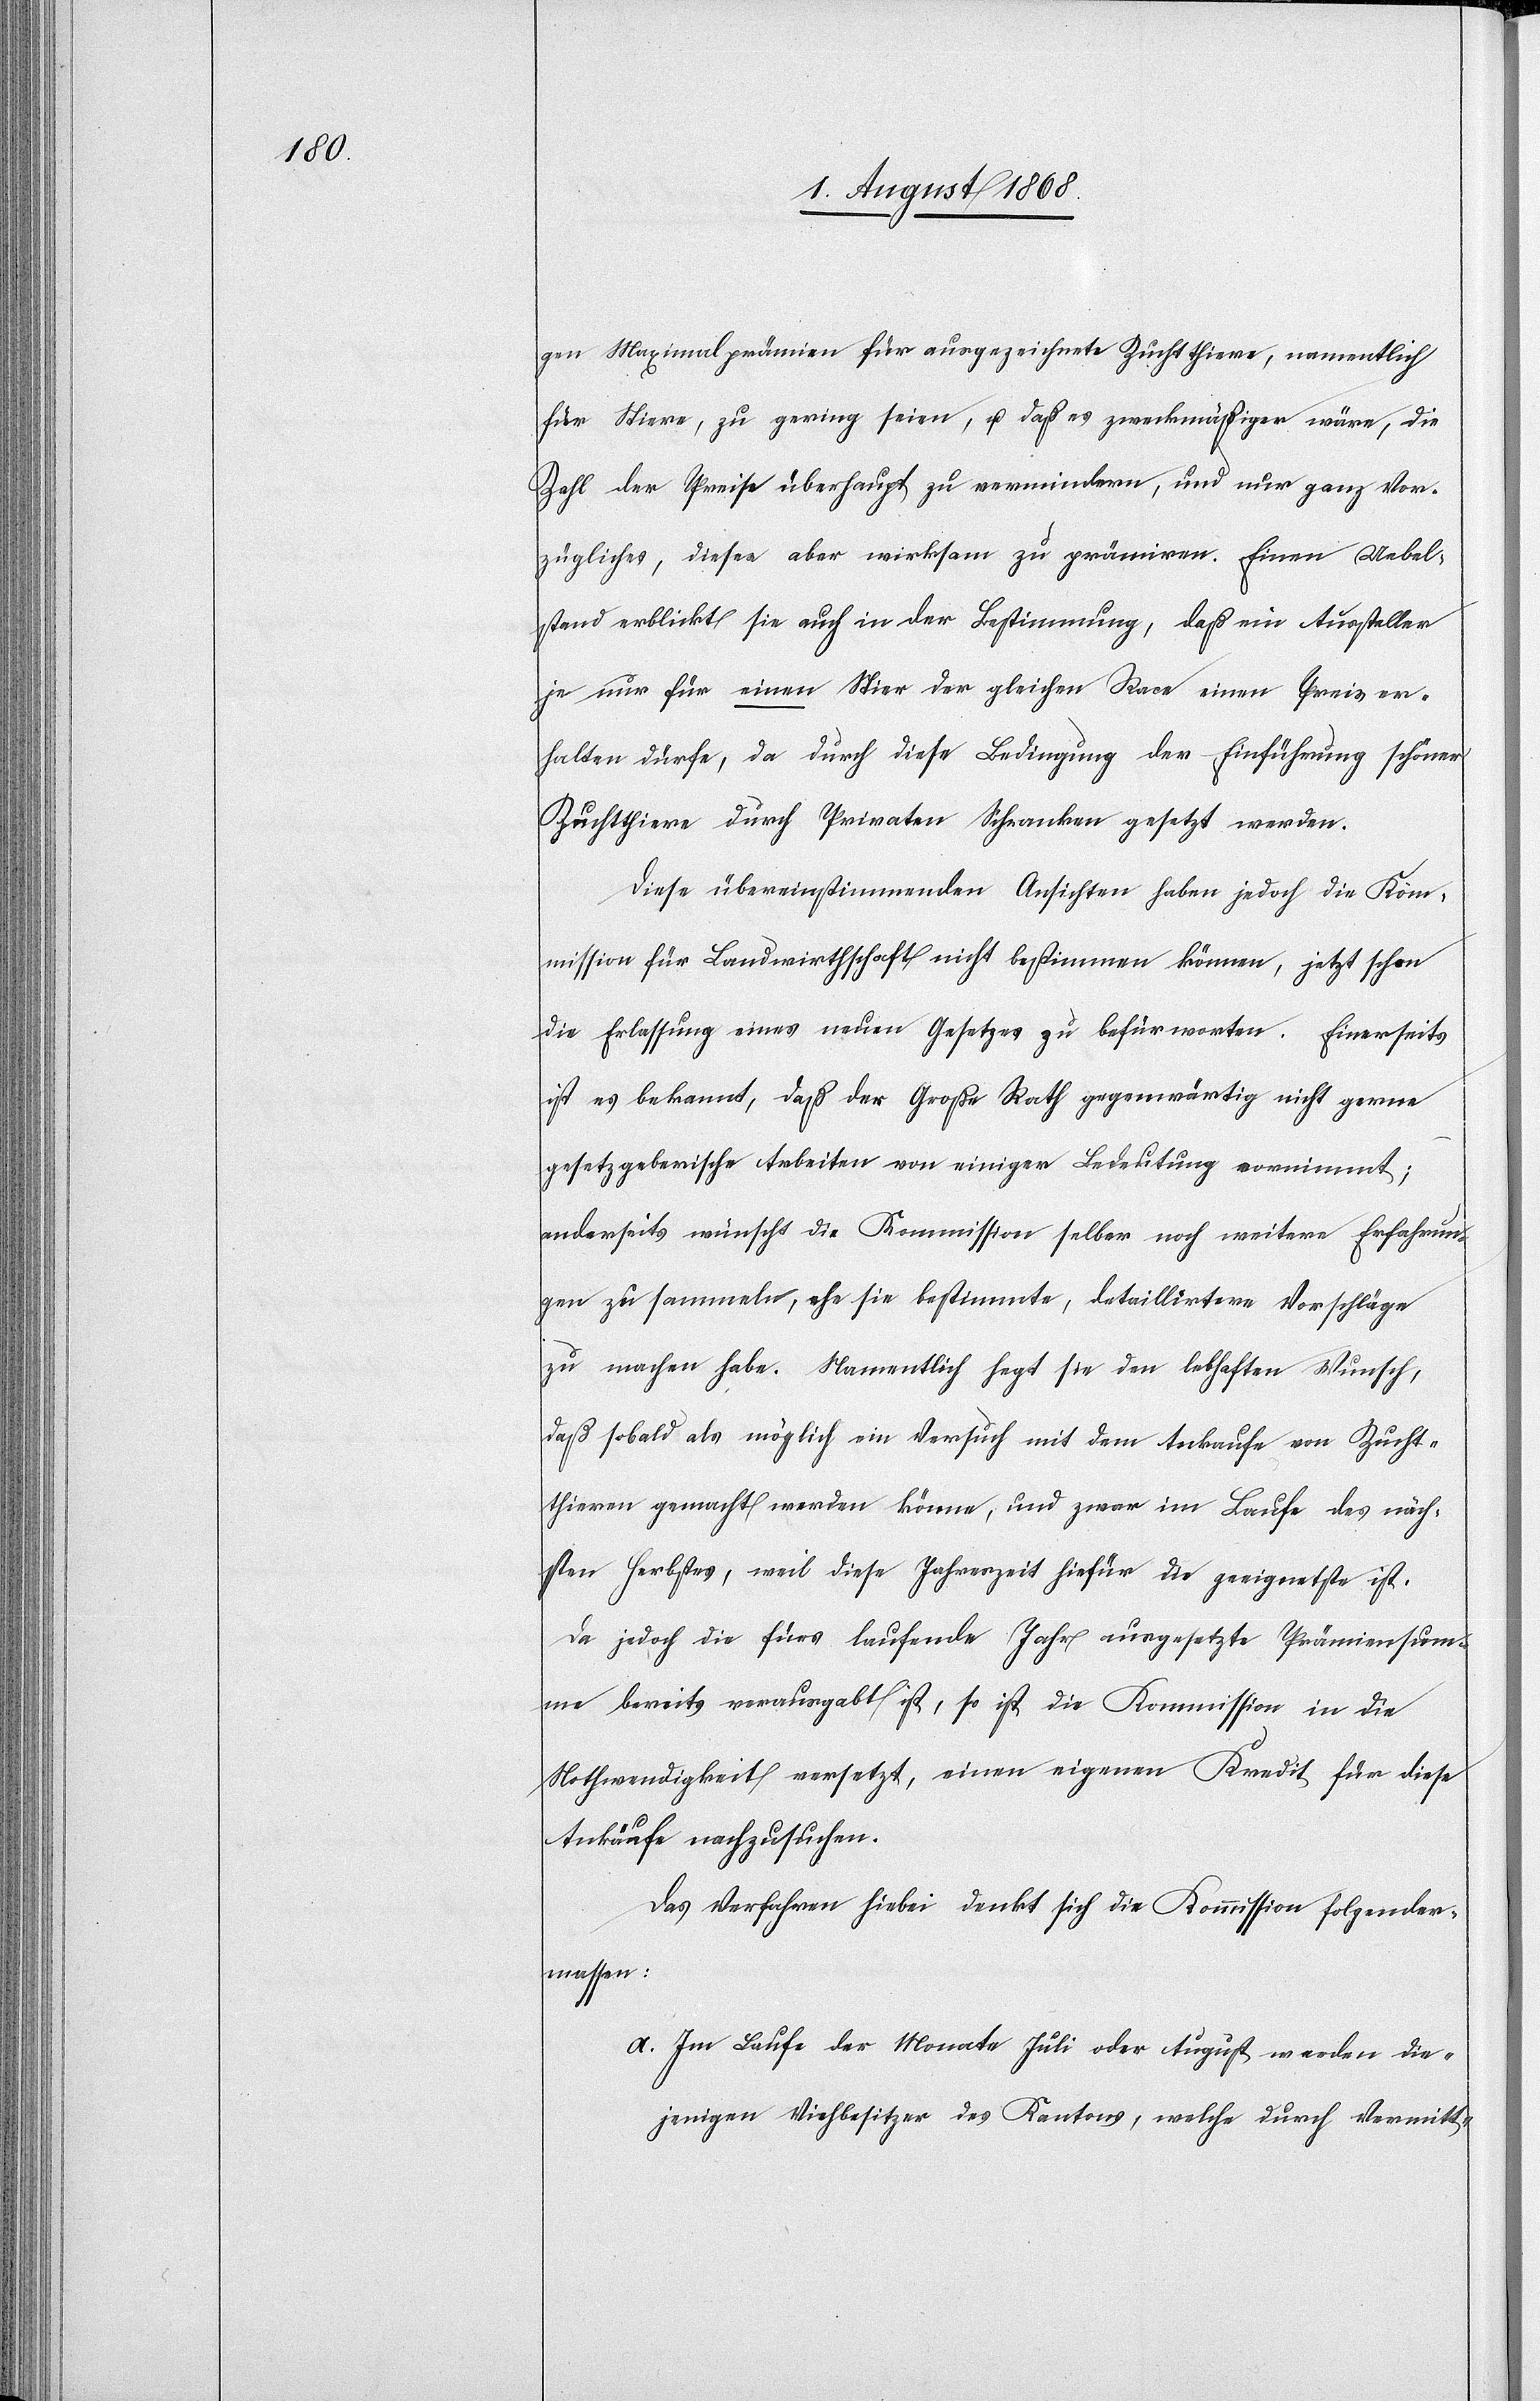
gen Maximalprämien für ausgezeichnete Zuchtthiere, namentlich
für Stiere, zu gering seien, u. daß es zweckmäßiger wäre, die
Zahl der Preise überhaupt zu vermindern, und nur ganz Vor¬
zügliches, dieses aber wirksam zu prämiren. Einen Uebel¬
stand erblickt sie auch in der Bestimmung, daß ein Aussteller
je nur für einen Stier der gleichen Race einen Preis er¬
halten dürfe, da durch diese Bedingung der Einführung schöner
Zuchtthiere durch Privaten Schranken gesetzt werden.
Diese übereinstimmenden Ansichten haben jedoch die Kom¬
mission für Landwirthschaft nicht bestimmen können, jetzt schon
die Erlassung eines neuen Gesetzes zu befürworten. Einerseits
ist es bekannt, daß der Große Rath gegenwärtig nicht gerne
gesetzgeberische Arbeiten von einiger Bedeutung vornimmt;
anderseits wünscht die Kommission selber noch weitere Erfahrun¬
gen zu sammeln, ehe sie bestimmte, detaillirtere Vorschläge
zu machen habe. Namentlich hegt sie den lebhaften Wunsch,
daß sobald als möglich ein Versuch mit dem Ankaufe von Zucht¬
thieren gemacht werden könne, und zwar im Laufe des näch¬
sten Herbstes, weil diese Jahreszeit hiefür die geeignetste ist.
Da jedoch die fürs laufende Jahr ausgesetzte Prämiensum¬
me bereits verausgabt ist, so ist die Kommission in die
Nothwendigkeit versetzt, einen eigenen Kredit für diese
Ankäufe nachzusuchen.
Das Verfahren hiebei denkt sich die Kommission folgender¬
massen:
a.) Im Laufe der Monate Juli oder August werden die¬
jenigen Viehbesitzer des Kantons, welche durch Vermitt-